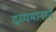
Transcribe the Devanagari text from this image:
द्रव्यमानाने